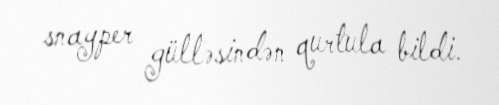
snayper gülləsindən qurtula bildi.